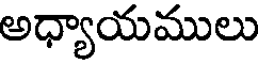
అధ్యాయములు